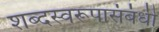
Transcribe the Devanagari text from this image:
शब्दस्वरूपासंबंधी